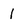
Character: 1